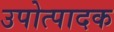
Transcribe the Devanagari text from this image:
उपोत्पादक